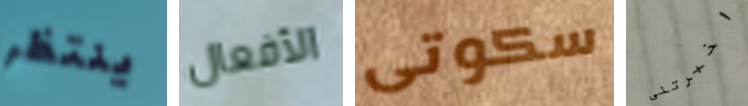
ينتظر الأفعال سكوتى اخبرتنى